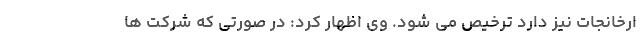
ارخانجات نیز دارد ترخیص می شود. وی اظهار کرد: در صورتی که شرکت ها